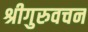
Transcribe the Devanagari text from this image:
श्रीगुरुवचन